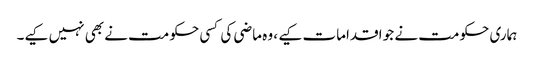
ہماری حکومت نے جو اقدامات کیے ، وہ ماضی کی کسی حکومت نے بھی نہیں کیے۔